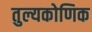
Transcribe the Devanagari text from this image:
तुल्यकोणिक